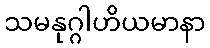
သမနုဂ္ဂါဟိယမာနာ